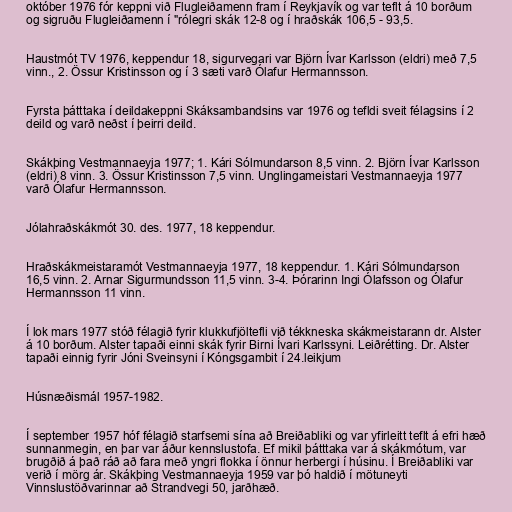
október 1976 fór keppni við Flugleiðamenn fram í Reykjavík og var teflt á 10 borðum
og sigruðu Flugleiðamenn í "rólegri skák 12-8 og í hraðskák 106,5 - 93,5.

Haustmót TV 1976, keppendur 18, sigurvegari var Björn Ívar Karlsson (eldri) með 7,5
vinn., 2. Össur Kristinsson og í 3 sæti varð Ólafur Hermannsson.

Fyrsta þátttaka í deildakeppni Skáksambandsins var 1976 og tefldi sveit félagsins í 2
deild og varð neðst í þeirri deild.

Skákþing Vestmannaeyja 1977; 1. Kári Sólmundarson 8,5 vinn. 2. Björn Ívar Karlsson
(eldri) 8 vinn. 3. Össur Kristinsson 7,5 vinn. Unglingameistari Vestmannaeyja 1977
varð Ólafur Hermannsson.

Jólahraðskákmót 30. des. 1977, 18 keppendur.

Hraðskákmeistaramót Vestmannaeyja 1977, 18 keppendur. 1. Kári Sólmundarson
16,5 vinn. 2. Arnar Sigurmundsson 11,5 vinn. 3-4. Þórarinn Ingi Ólafsson og Ólafur
Hermannsson 11 vinn.

Í lok mars 1977 stóð félagið fyrir klukkufjöltefli við tékkneska skákmeistarann dr. Alster
á 10 borðum. Alster tapaði einni skák fyrir Birni Ívari Karlssyni. Leiðrétting. Dr. Alster
tapaði einnig fyrir Jóni Sveinsyni í Kóngsgambit í 24.leikjum

Húsnæðismál 1957-1982.

Í september 1957 hóf félagið starfsemi sína að Breiðabliki og var yfirleitt teflt á efri hæð
sunnanmegin, en þar var áður kennslustofa. Ef mikil þátttaka var á skákmótum, var
brugðið á það ráð að fara með yngri flokka í önnur herbergi í húsinu. Í Breiðabliki var
verið í mörg ár. Skákþing Vestmannaeyja 1959 var þó haldið í mötuneyti
Vinnslustöðvarinnar að Strandvegi 50, jarðhæð.